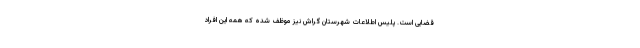
قضایی است. پلیس اطلاعات شهرستان گراش نیز موظف شده که همه این افراد